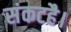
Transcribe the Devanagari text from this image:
संकटहै।